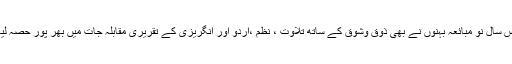
اس سال نو مبائعہ بہنوں نے بھی ذوق وشوق کے ساتھ تلاوت ، نظم ،اردو اور انگریزی کے تقریری مقابلہ جات میں بھر پور حصہ لیا۔